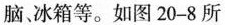
脑、冰箱等。如图20-8所